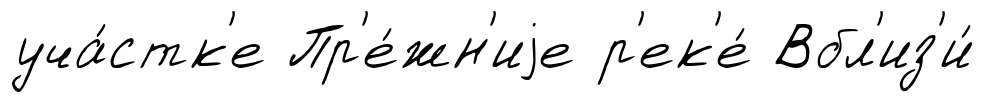
уча́стк'е Пр'е́жн'иjе р'ек'е́ Вбл'из'и́